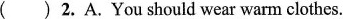
( ) 2.A.You should wear warm clothes.